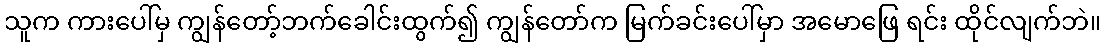
သူက ကားပေါ်မှ ကျွန်တော့်ဘက်ခေါင်းထွက်၍ ကျွန်တော်က မြက်ခင်းပေါ်မှာ အမောဖြေ ရင်း ထိုင်လျက်ဘဲ။